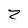
Character: Z